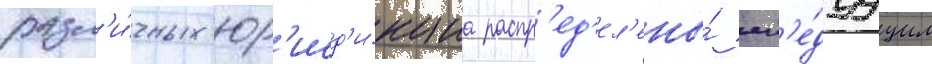
разл'и́чных юр'исд'и́кциа распр'ед'ел'ены́ сл'е́дуущим